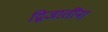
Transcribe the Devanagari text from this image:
द्विजातींना